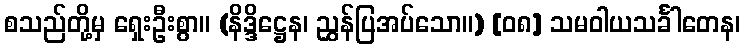
စသည်တို့မှ ရှေးဦးစွာ။ (နိဒ္ဒိဋ္ဌေန၊ ညွှန်ပြအပ်သော။) [၀၈] သမဝါယသင်္ခါတေန၊